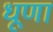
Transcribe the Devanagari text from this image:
धूणा